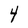
Character: 4